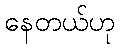
နေတယ်ဟု